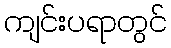
ကျင်းပရာတွင်